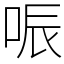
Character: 㖘